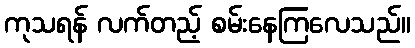
ကုသရန် လက်တည့် စမ်းနေကြလေသည်။